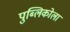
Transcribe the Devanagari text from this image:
पुब्लिकोला